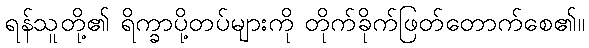
ရန်သူတို့၏ ရိက္ခာပို့တပ်များကို တိုက်ခိုက်ဖြတ်တောက်စေ၏။